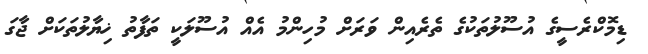
ޑިމޮކްރެސީގެ އުސޫލުތަކުގެ ތެރެއިން ވަރަށް މުހިންމު އެއް އުސޫލަކީ ތަފާތު ޚިޔާލުތަކަށް ޖާގަ